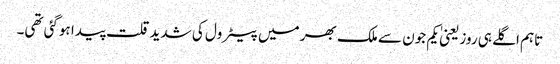
تاہم اگلے ہی روز یعنیٰ یکم جون سے ملک بھر میں پیٹرول کی شدید قلت پیدا ہوگئی تھی۔